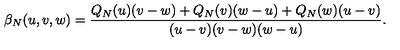
\beta _ { N } ( u , v , w ) = { \frac { Q _ { N } ( u ) ( v - w ) + Q _ { N } ( v ) ( w - u ) + Q _ { N } ( w ) ( u - v ) } { ( u - v ) ( v - w ) ( w - u ) } } .